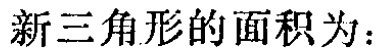
新三角形的面积为：